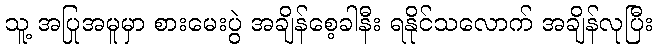
သူ့ အပြုအမူမှာ စားမေးပွဲ အချိန်စေ့ခါနီး ရနိုင်သလောက် အချိန်လုပြီး